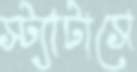
স্ট্যাটাসে